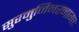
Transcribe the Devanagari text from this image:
सुरमुनिनरनागाः